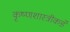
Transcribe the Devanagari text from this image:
कृष्णशास्त्रीकडे